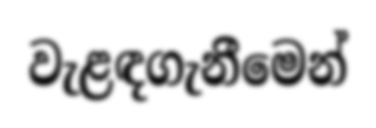
වැළඳගැනීමෙන්